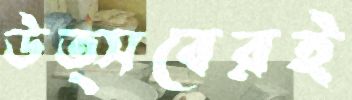
উত্সবেরই